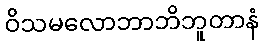
ဝိသမလောဘာဘိဘူတာနံ